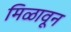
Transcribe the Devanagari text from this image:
मिळावून